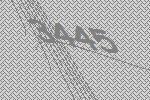
3445